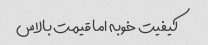
کیفیت خوبه اما قیمت بالاس